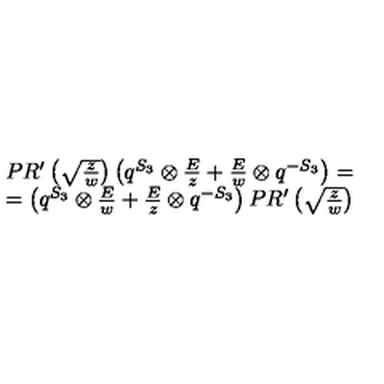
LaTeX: \begin{array} { c } { P R ^ { \prime } \left( \sqrt { \frac { z } { w } } \right) \left( q ^ { S _ { 3 } } \otimes { \frac { E } { z } } + { \frac { E } { w } } \otimes q ^ { - S _ { 3 } } \right) = } \\ { = \left( q ^ { S _ { 3 } } \otimes { \frac { E } { w } } + { \frac { E } { z } } \otimes q ^ { - S _ { 3 } } \right) P R ^ { \prime } \left( \sqrt { \frac { z } { w } } \right) } \\ \end{array}